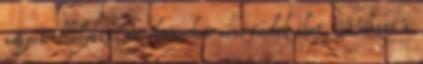
nagyon elhelyezni az életemben nem tudok őket Viszont a